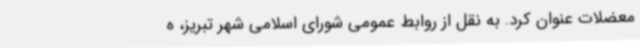
معضلات عنوان کرد. به نقل از روابط عمومی شورای اسلامی شهر تبریز، ه